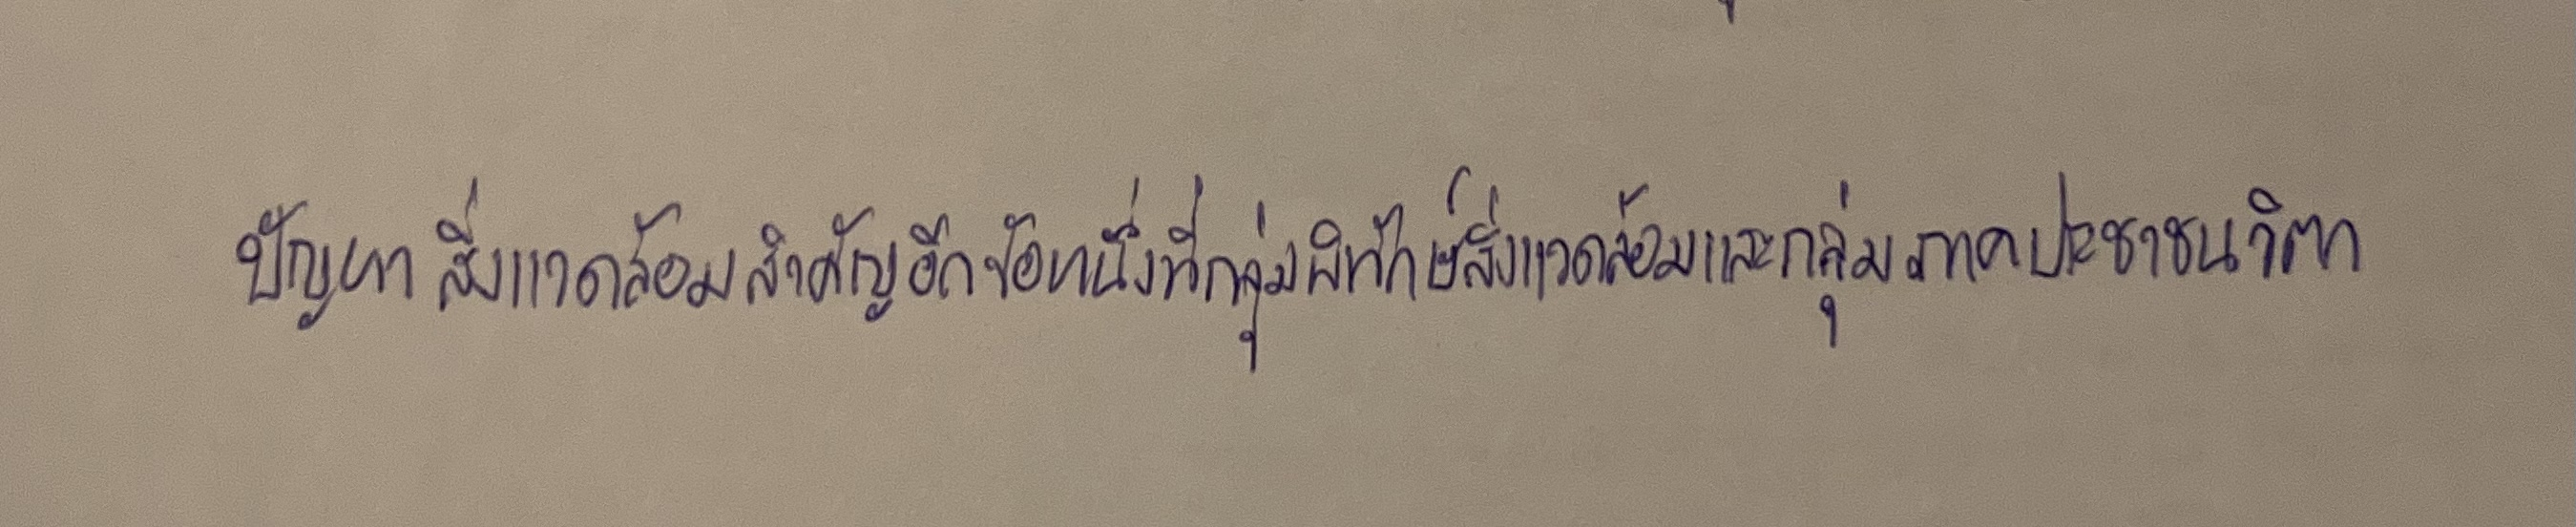
ปัญหาสิ่งแวดล้อมสำคัญอีกข้อหนึ่งที่กลุ่มพิทักษ์สิ่งแวดล้อมและกลุ่มภาคประชาชนวิตก